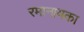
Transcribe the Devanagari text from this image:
रमानायका